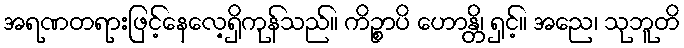
အရဏတရားဖြင့်နေလေ့ရှိကုန်သည်။ ကိဉ္စာပိ ဟောန္တိ၊ ရှင့်။ အညေ၊ သုဘူတိ